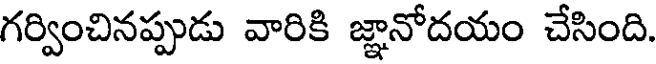
గర్వించినప్పుడు వారికి జ్ఞానోదయం చేసింది.